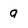
Character: 9